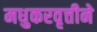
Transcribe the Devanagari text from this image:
मधुकरवृत्तीने